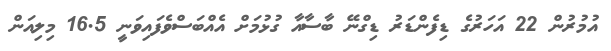
އުމުރުން 22 އަހަރުގެ ޑިފެންޑަރު ޑިގްނޭ ބާސާއާ ގުޅުމަށް އެއްބަސްވެފައިވަނީ 16.5 މިލިއަން